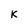
Character: K